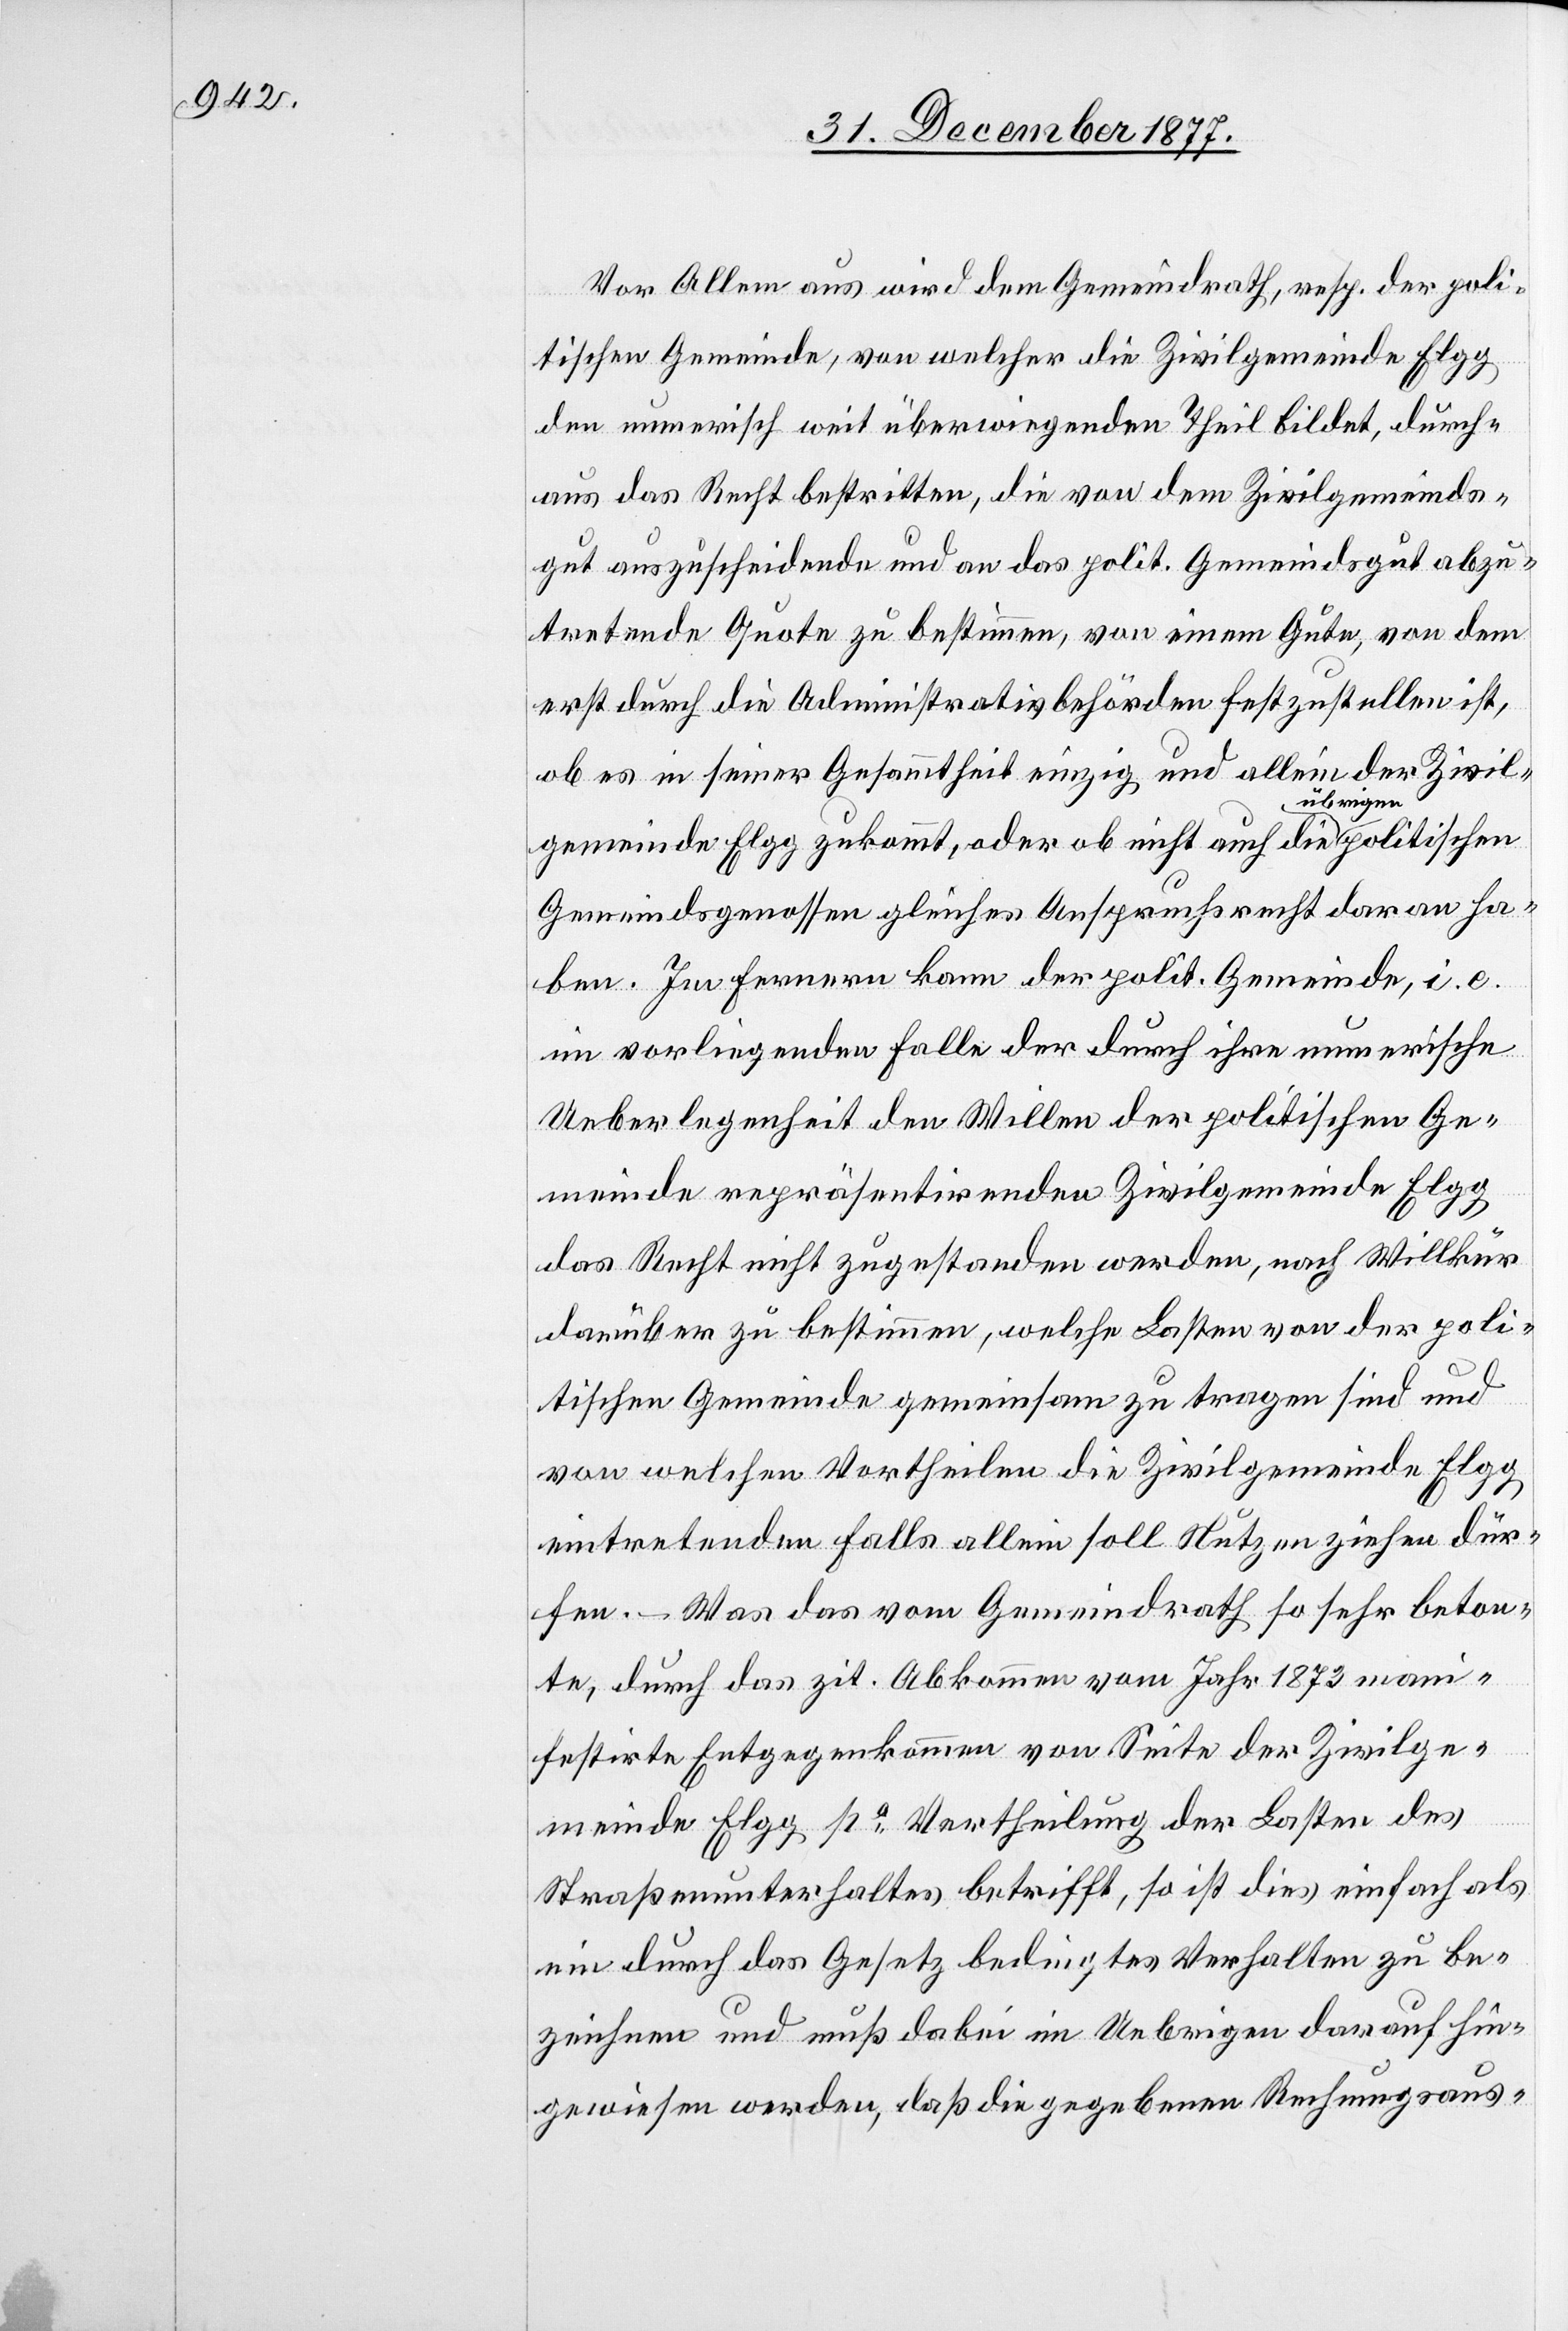
Vor Allem aus wird dem Gemeindrath, resp. der poli¬
tischen Gemeinde, von welcher die Zivilgemeinde Elgg
den numerisch weit überwiegenden Theil bildet, durch¬
aus das Recht bestritten, die von dem Zivilgemeinds¬
gut auszuscheidende und an das polit. Gemeindsgut abzu¬
tretende Quote zu bestimmen, von einem Gute, von dem
erst durch die Administrativbehörden festzustellen ist,
ob es in seiner Gesammtheit einzig und allein der Zivil¬
gemeinde Elgg zukommt, oder ob nicht auch die übrigen politischen
Gemeindsgenossen gleiches Anspruchsrecht daran ha¬
ben. Im Fernern kann der polit. Gemeinde, i. e.
im vorliegenden Falle der durch ihre numerische
Ueberlegenheit den Willen der politischen Ge¬
meinde repräsentirenden Zivilgemeinde Elgg
das Recht nicht zugestanden werden, nach Willkür
darüber zu bestimmen, welche Lasten von der poli¬
tischen Gemeinde gemeinsam zu tragen sind und
von welchen Vortheilen die Zivilgemeinde Elgg
eintretenden Falls allein soll Nutzen ziehen dür¬
fen. – Was das vom Gemeindrath so sehr beton¬
te, durch das zit. Abkommen vom Jahr 1873 man¬
ifestirte Entgegenkommen von Seite der Zivilge¬
meinde Elgg po Vertheilung der Lasten des
Straßenunterhaltes betrifft, so ist dies einfach als
ein durch das Gesetz bedingtes Verhalten zu be¬
zeichnen und muß dabei im Uebrigen darauf hin¬
gewiesen werden, daß die gegebenen Rechnungsaus-